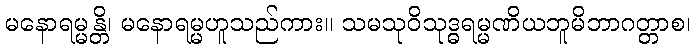
မနောရမ္မန္တိ၊ မနောရမ္မဟူသည်ကား။ သမသုဝိသုဒ္ဓရမ္မဏိယဘူမိဘာဂတ္တာစ၊